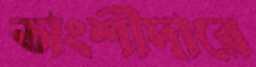
অংশীদারে